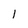
Character: 1